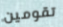
تقومين